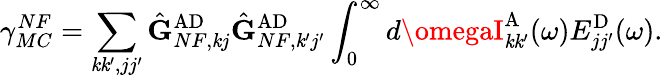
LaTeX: \gamma_{MC}^{NF}=\sum_{\mathit{k}\mathit{k}^{\prime},jj^{\prime}}\hat{{\mathbf{{G}}}}_{NF,\mathit{k}j}^{\mathrm{{AD}}}\hat{{\mathbf{{G}}}}_{NF,\mathit{k}^{\prime}j^{\prime}}^{\mathrm{{AD}}}\int_{0}^{\infty}d\omegaI_{\mathit{k}\mathit{k}^{\prime}}^{\mathrm{{A}}}(\omega)E_{jj^{\prime}}^{\mathrm{{D}}}(\omega).